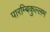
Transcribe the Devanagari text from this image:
पारम्बिकुल्लम